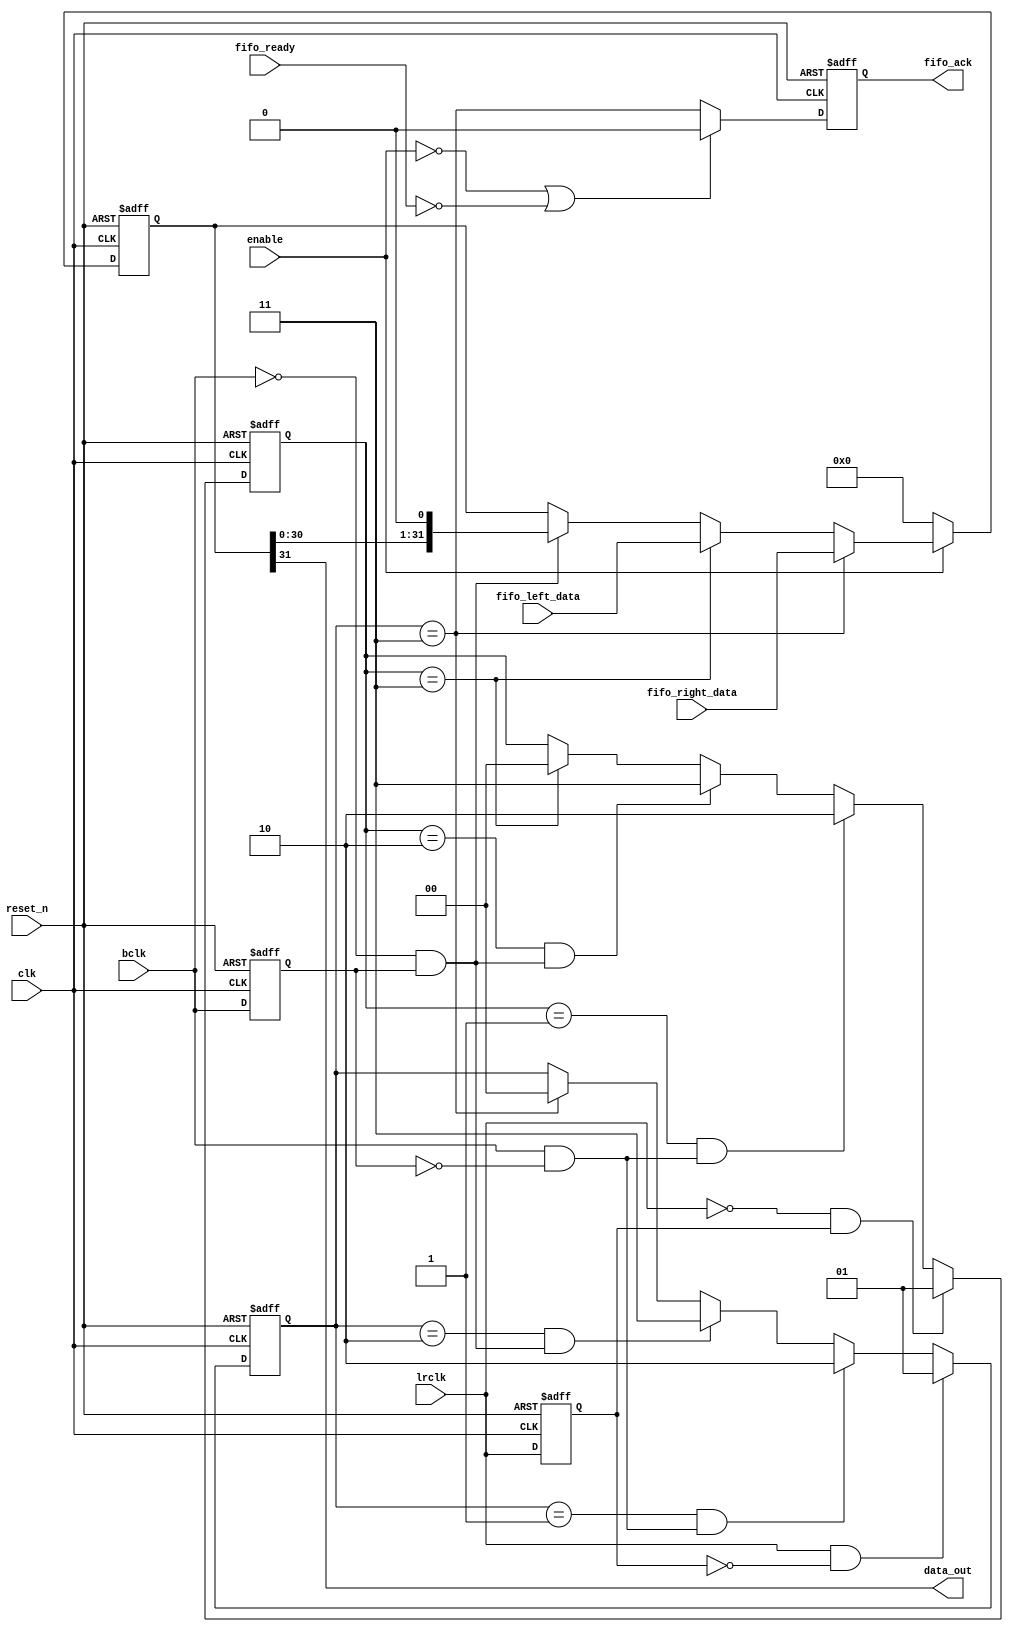
module i2s_shift_out (
	input				clk,				// Master clock, should be synchronous with bclk/lrclk
	input				reset_n,			// Asynchronous reset
	input		[31:0]	fifo_right_data,	// Fifo interface, right channel
	input		[31:0]	fifo_left_data,		// Fifo interface, left channel
	input				fifo_ready,			// Fifo ready (not empty)
	output reg			fifo_ack,			// Fifo read ack

	input				enable,				// Software enable
	input				bclk,				// I2S bclk
	input				lrclk,				// I2S lrclk (word clock)
	output				data_out			// Data out to DAC
);

	// bclk edges
	reg bclk_delayed;
	always @(posedge clk or negedge reset_n)
	begin
		if (~reset_n)
		begin
			bclk_delayed <= 0;
		end
		else
		begin
			bclk_delayed <= bclk;
		end
	end
	wire bclk_rising_edge = bclk & ~bclk_delayed;
	wire bclk_falling_edge = ~bclk & bclk_delayed;
		
	// lrclk edges
	reg lrclk_delayed;
	always @(posedge clk or negedge reset_n)
	begin
		if (~reset_n)
		begin
			lrclk_delayed <= 0;
		end
		else
		begin
			lrclk_delayed <= lrclk;
		end
	end
	wire lrclk_rising_edge = lrclk & ~lrclk_delayed;
	wire lrclk_falling_edge = ~lrclk & lrclk_delayed;

	// I2S is one bclk delayed, so we wait for first bclk after each lrclk edge
	reg [1:0] first_bclk_falling_after_lrclk_rising_r;
	always @(posedge clk or negedge reset_n)
	begin
		if (~reset_n)
		begin
			first_bclk_falling_after_lrclk_rising_r <= 0;
		end
		else
		begin
			if (lrclk_rising_edge)
				first_bclk_falling_after_lrclk_rising_r <= 2'b01;
			else if (first_bclk_falling_after_lrclk_rising_r == 2'b01 && bclk_rising_edge)
				first_bclk_falling_after_lrclk_rising_r <= 2'b10;
			else if (first_bclk_falling_after_lrclk_rising_r == 2'b10 && bclk_falling_edge)
				first_bclk_falling_after_lrclk_rising_r <= 2'b11;
			else if (first_bclk_falling_after_lrclk_rising_r == 2'b11)
				first_bclk_falling_after_lrclk_rising_r <= 2'b00;
		end
	end
	wire first_bclk_falling_after_lrclk_rising = first_bclk_falling_after_lrclk_rising_r == 2'b11;
	
	reg [1:0] first_bclk_falling_after_lrclk_falling_r;
	always @(posedge clk or negedge reset_n)
	begin
		if (~reset_n)
		begin
			first_bclk_falling_after_lrclk_falling_r <= 0;
		end
		else
		begin
			if (lrclk_falling_edge)
				first_bclk_falling_after_lrclk_falling_r <= 2'b01;
			else if (first_bclk_falling_after_lrclk_falling_r == 2'b01 && bclk_rising_edge)
				first_bclk_falling_after_lrclk_falling_r <= 2'b10;
			else if (first_bclk_falling_after_lrclk_falling_r == 2'b10 && bclk_falling_edge)
				first_bclk_falling_after_lrclk_falling_r <= 2'b11;
			else if (first_bclk_falling_after_lrclk_falling_r == 2'b11)
				first_bclk_falling_after_lrclk_falling_r <= 2'b00;
		end
	end
	wire first_bclk_falling_after_lrclk_falling = first_bclk_falling_after_lrclk_falling_r == 2'b11;
	
	// shift-register
	reg [31:0] shift_register;
	always @(posedge clk or negedge reset_n)
	begin
		if (~reset_n)
		begin
			shift_register <= 0;
		end
		else
		begin
			if (~enable)
				shift_register <= 0;
			else if (first_bclk_falling_after_lrclk_rising)
				shift_register <= fifo_right_data;
			else if (first_bclk_falling_after_lrclk_falling)
				shift_register <= fifo_left_data;
			else if (bclk_falling_edge)
				shift_register <= {shift_register[30:0], 1'b0};
		end
	end
	assign data_out = shift_register[31];

	// fifo ack, one clock after right channel has been loaded to shift register
	always @(posedge clk or negedge reset_n)
	begin
		if (~reset_n)
		begin
			fifo_ack <= 0;
		end
		else
		begin
			if (~enable | ~fifo_ready)
				fifo_ack <= 0;
			else
				fifo_ack <= first_bclk_falling_after_lrclk_rising;
		end
	end

endmodule